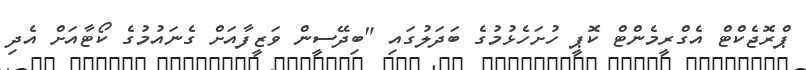
ޕްރޮޖެކްޓް އެގްރީމެންޓް ކޮޕީ ހުށަހެޅުމުގެ ބަދަލުގައި "ބިދޭސީން ވަޒީފާއަށް ގެނައުމުގެ ކޯޓާއަށް އެދި